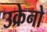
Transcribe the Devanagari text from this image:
उक्रेनो